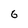
Character: 6